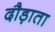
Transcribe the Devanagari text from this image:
दौड़ाता